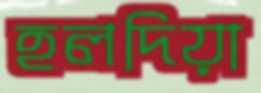
হলদিয়া